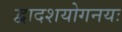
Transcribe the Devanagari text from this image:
द्वादशयोगनयः